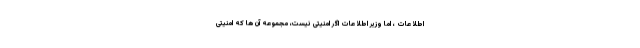
اطلاعات ، اما وزیر اطلاعات اگر امنیتی نیست، مجموعه آن ها که امنیتی